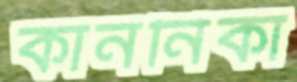
কাননিকা